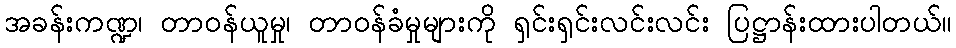
အခန်းကဏ္ဍ၊ တာဝန်ယူမှု၊ တာဝန်ခံမှုများကို ရှင်းရှင်းလင်းလင်း ပြဋ္ဌာန်းထားပါတယ်။